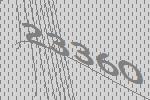
23360